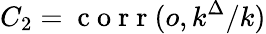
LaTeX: C_{2}=\mathrm{~c~o~r~r~}(o,k^{\Delta}/k)